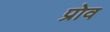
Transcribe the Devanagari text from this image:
प्रोव